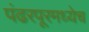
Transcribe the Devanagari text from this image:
पंढरपूरमध्येच